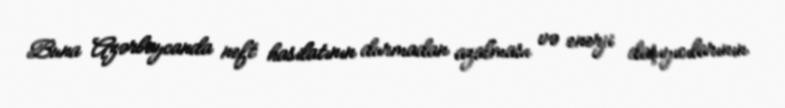
Buna Azərbaycanda neft hasilatının durmadan azalması və enerji daşıyıcılarının